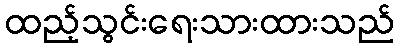
ထည့်သွင်းရေးသားထားသည်